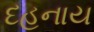
દહનાય